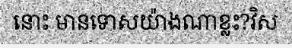
នោះ មានទោសយ៉ាងណាខ្លះ?វិស